Vaccination Hyderabad 1872-1889 - 1872-1889
Year: 1872
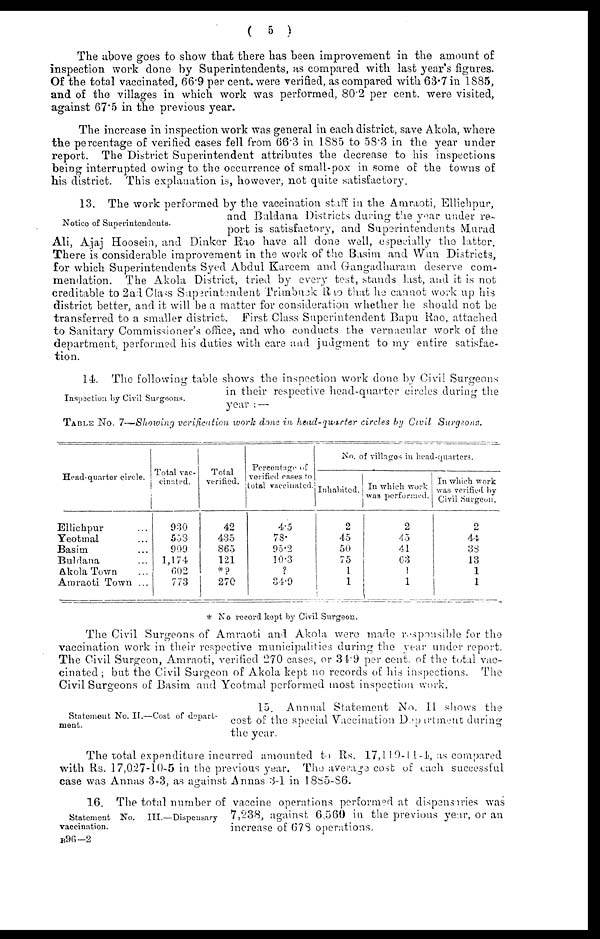
( 5 )
The above goes to show that there has been improvement in the amount of
inspection work done by Superintendents, as compared with last year's figures.
Of the total vaccinated, 66.9 per cent. were verified, as compared with 63.7 in 1885,
and of the villages in which work was performed, 80.2 per cent. were visited,
against 67.5 in the previous year.
The increase in inspection work was general in each district, save Akola, where
the percentage of verified cases fell from 66.3 in 1885 to 58.3 in the year under
report. The District Superintendent attributes the decrease to his inspections
being interrupted owing to the occurrence of small-pox in some of the towns of
his district. This explanation is, however, not quite satisfactory.
Notice of Superintendents.
13. The work performed by the vaccination staff in the Amraoti, Ellichpur,
and Buldana Districts during the year under re-
port is satisfactory, and Superintendents Murad
Ali, Ajaj Hoosein, and Dinker Rao have all done well, especially the latter.
There is considerable improvement in the work of the Basim and Wun Districts,
for which Superintendents Syed Abdul Kareem and Grangadharam deserve com-
mendation. The Akola District, tried by every test, stands last, and it is not
creditable to 2nd Class Superintendent Trimbuck Rao that he cannot work up his
district better, and it will be a matter for consideration whether he should not be
transferred to a smaller district. First Class Superintendent Bapu Rao, attached
to Sanitary Commissioner's office, and who conducts the vernacular work of the
department, performed his duties with care and judgment to my entire satisfac-
tion.
Inspection by Civil Surgeons.
14. The following table shows the inspection work done by Civil Surgeons
in their respective head-quarter circles during the
year : —
TABLE No. 7—Showing verification work done in head-quarter circles by Civil Surgeons.
Head-quarter circle.
Ellichpur ...
Yeotmal ...
Basim ...
Buldana ...
Akola Town ...
Amraoti Town ...
Total vac-
cinated.
930
553
909
1,174
602
773
Total
verified.
42
435
865
121
*?
270
Percentage of
verified cases to
total vaccinated.
4.5
78.
95.2
10.3
?
34.9
No. of villages in head-quarters.
Inhabited.
2
45
50
75
1
1
In which work
was performed.
2
45
41
63
1
1
In which work
was verified by
Civil Surgeon.
2
44
38
13
1
1
* No record kept by Civil Surgeon.
The Civil Surgeons of Amraoti and Akola were made responsible for the
vaccination work in their respective municipalities during the year under report.
The Civil Surgeon, Amraoti, verified 270 cases, or 34.9 per cent. of the total vac-
cinated ; but the Civil Surgeon of Akola kept no records of his inspections. The
Civil Surgeons of Basim and Yeotmal performed most inspection work.
Statement No. II.—Cost of depart-
ment.
15. Annual Statement No. II shows the
cost of the special Vaccination Department during
the year.
The total expenditure incurred amounted to Rs. 17,119-11-4, as compared
with Rs. 17,027-10-5 in the previous year. The average cost of each successful
case was Annas 3-3, as against Annas 3-1 in 1885-86.
Statement No. III.—Dispensary
vaccination.
16. The total number of vaccine operations performed at dispensaries was
7,238, against 6,560 in the previous year, or an
increase of 678 operations.
B96—2